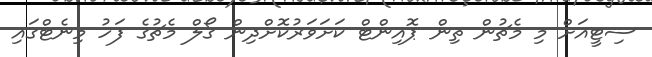
ސިޓީއަށް މި މެޗުން ތިން ޕޮއިންޓް ކަށަވަރުކޮށްދިން ގޯލް މެޗުގެ ފަހު މިނެޓްގައި